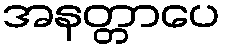
အနတ္တာပေ